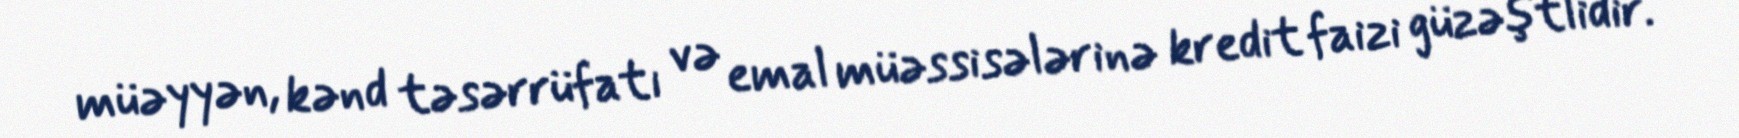
müəyyən, kənd təsərrüfatı və emal müəssisələrinə kredit faizi güzəştlidir.